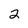
Character: 2